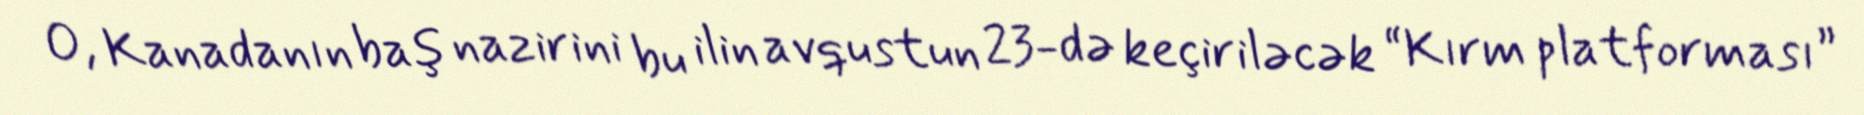
O, Kanadanın baş nazirini bu ilin avqustun 23-də keçiriləcək “Kırm platforması”